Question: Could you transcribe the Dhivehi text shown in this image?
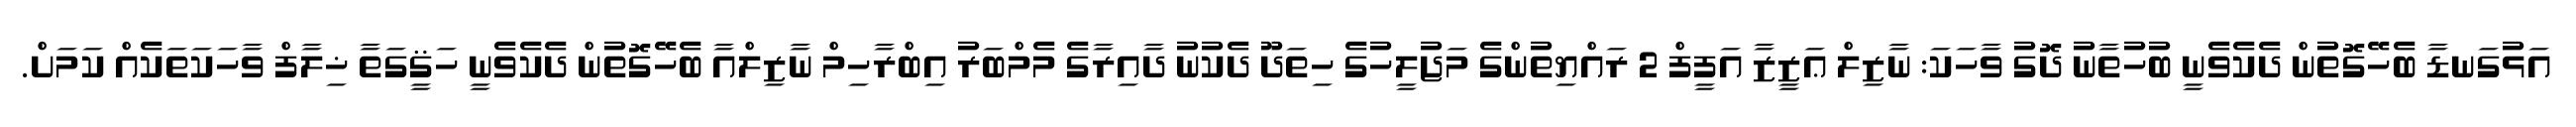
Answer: އަޅުގަނޑާ ބެހޭގޮތުން ދެކެވެނީ ބުހުތާނު ދޮގު ވާހަކަ: ނާޒިލް ޢަޒީޒާ އަފީފް 2 ރައްޔިތުންގެ މަޖުލީހުގެ ހިތަދޫ ދެކުނު ދާއިރާގެ މެމްބަރު އިބްރާހިމް ނާޒިލްއާ ބެހޭގޮތުން ދެކެވެނީ ހަޤީގަތާ ޚިލާފް ވާހަކަތަކެއް ކަމަށް.